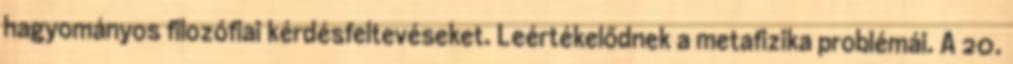
hagyományos filozófiai kérdésfeltevéseket. Leértékelődnek a metafizika problémái. A 20.